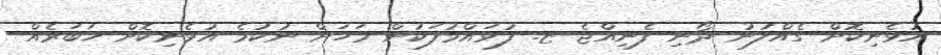
އުޅެނިކޮށް ގެއްލުނު ދޯނި ފެނިއްޖެ ޏ. ފުވައްމުލަކުން މަހަށް ނުކުމެ އުޅެނިކޮށް ޚަބަރެއް